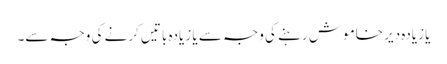
یا زیادہ دیر خاموش رہنے کی وجہ سے یا زیادہ باتیں کرنے کی وجہ سے۔